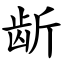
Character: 龂